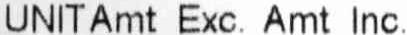
UNITAMT EXC. AMT INC.